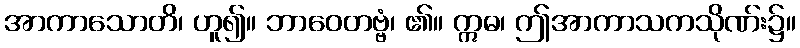
အာကာသောတိ၊ ဟူ၍။ ဘာဝေတဗ္ဗံ၊ ၏။ ဣဓ၊ ဤအာကာသကသိုဏ်း၌။